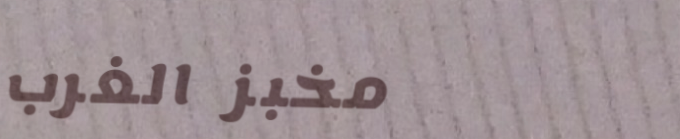
مخبز الغرب